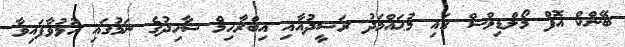
ބޭންކް އޮފް މޯލްޑިވްސް ގައި މުޙައްމަދު ރަޝީދުއާއި އިބްރާހިމް ޝާހިދުގެ ނަމުގައި ހުޅުވާފައިވާ